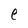
Character: e